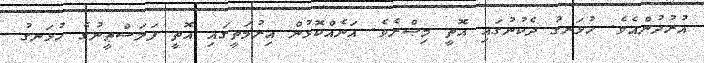
އުރުދުންއެވެ. ހުޅަނގު ދެކުނުގައި އޮތީ މިޞްރެވެ. އަނެއްކޮޅުން އިރުމަތީގައި އޮތީ ފަލަސްޠީނުގެ ހުޅަނގު